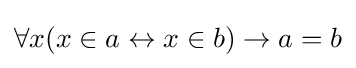
\forall x(x\in a\leftrightarrow x\in b)\rightarrow a=b